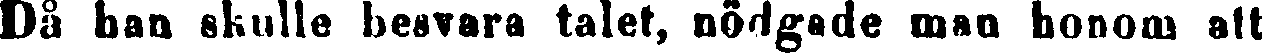
Då han skulle besvara talet, nödgade man honom att